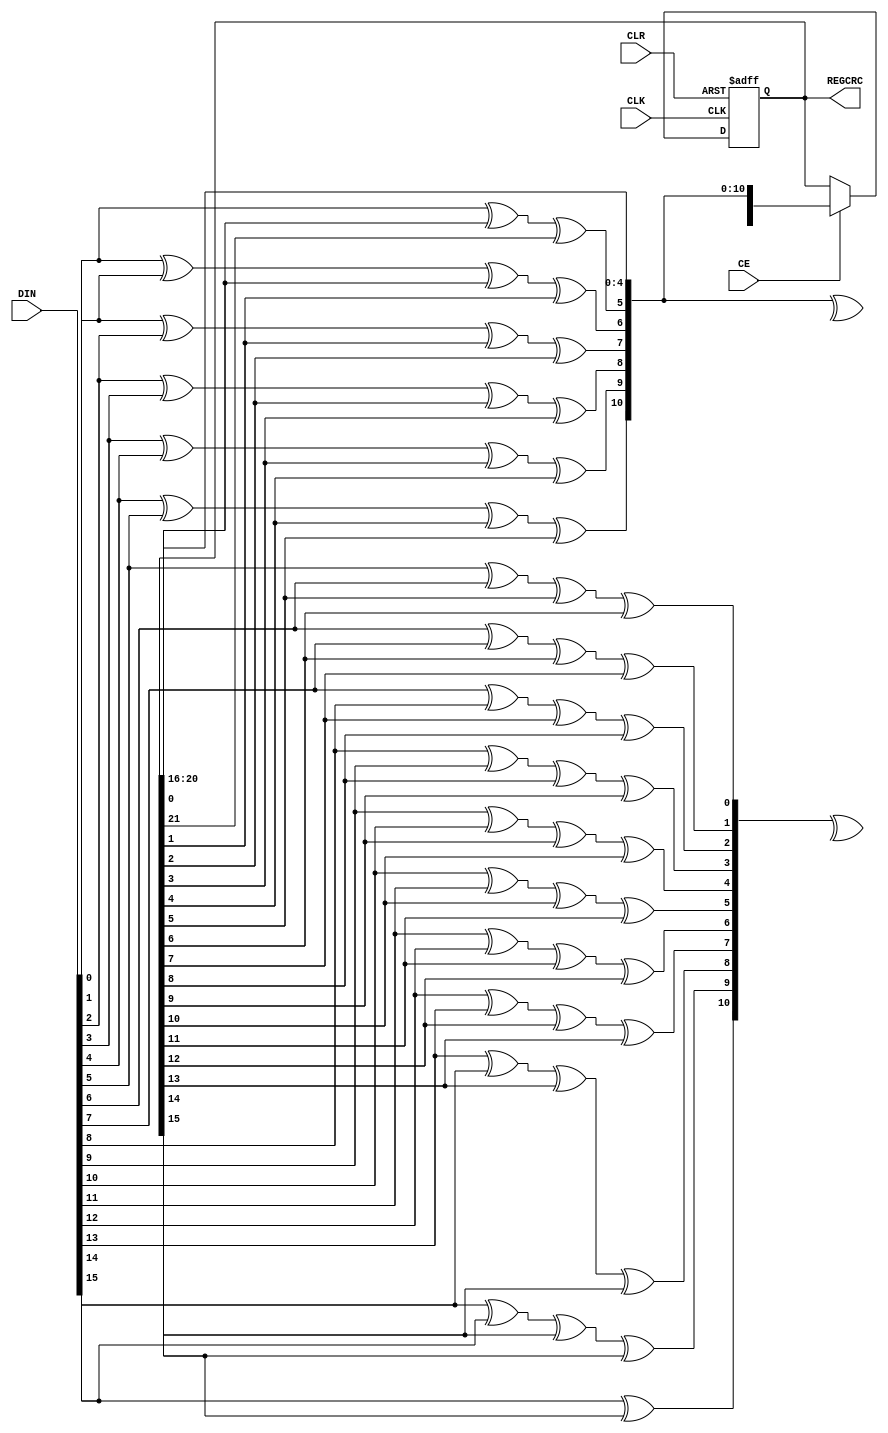
`timescale 1ns / 1ps
//////////////////////////////////////////////////////////////////////////////////
// Company: 
// Engineer: 
// 
// Design Name: 
// Module Name:    crc22 
// Project Name: 
// Target Devices: 
// Tool versions: 
// Description: 
//
// Dependencies: 
//
// Revision: 
// Revision 0.01 - File Created
// Additional Comments: 
//
//////////////////////////////////////////////////////////////////////////////////
module crc22(
	input CLK,
	input CE,
	input CLR,
	input [15:0] DIN,
	output reg [23:0] REGCRC
);

wire [21:0] fb;
wire [23:0] crc;

assign fb = REGCRC[21:0];

assign crc[ 0] = fb[16];
assign crc[ 1] = fb[17];
assign crc[ 2] = fb[18];
assign crc[ 3] = fb[19];
assign crc[ 4] = fb[20];
assign crc[ 5] = DIN[ 0] ^ fb[ 0] ^ fb[21];
assign crc[ 6] = DIN[ 0] ^ DIN[ 1] ^ fb[ 0] ^ fb[ 1];
assign crc[ 7] = DIN[ 1] ^ DIN[ 2] ^ fb[ 1] ^ fb[ 2];
assign crc[ 8] = DIN[ 2] ^ DIN[ 3] ^ fb[ 2] ^ fb[ 3];
assign crc[ 9] = DIN[ 3] ^ DIN[ 4] ^ fb[ 3] ^ fb[ 4];
assign crc[10] = DIN[ 4] ^ DIN[ 5] ^ fb[ 4] ^ fb[ 5];
assign crc[11] = DIN[ 5] ^ DIN[ 6] ^ fb[ 5] ^ fb[ 6];
assign crc[12] = DIN[ 6] ^ DIN[ 7] ^ fb[ 6] ^ fb[ 7];
assign crc[13] = DIN[ 7] ^ DIN[ 8] ^ fb[ 7] ^ fb[ 8];
assign crc[14] = DIN[ 8] ^ DIN[ 9] ^ fb[ 8] ^ fb[ 9];
assign crc[15] = DIN[ 9] ^ DIN[10] ^ fb[ 9] ^ fb[10];
assign crc[16] = DIN[10] ^ DIN[11] ^ fb[10] ^ fb[11];
assign crc[17] = DIN[11] ^ DIN[12] ^ fb[11] ^ fb[12];
assign crc[18] = DIN[12] ^ DIN[13] ^ fb[12] ^ fb[13];
assign crc[19] = DIN[13] ^ DIN[14] ^ fb[13] ^ fb[14];
assign crc[20] = DIN[14] ^ DIN[15] ^ fb[14] ^ fb[15];
assign crc[21] = DIN[15] ^           fb[15];
assign crc[22] = ^crc[10:0];
assign crc[23] = ^crc[21:11];

always @(posedge CLK or posedge CLR)
begin
	if(CLR)
		REGCRC <= 24'h000000;
	else
		if(CE)
			REGCRC <= crc;
end

endmodule